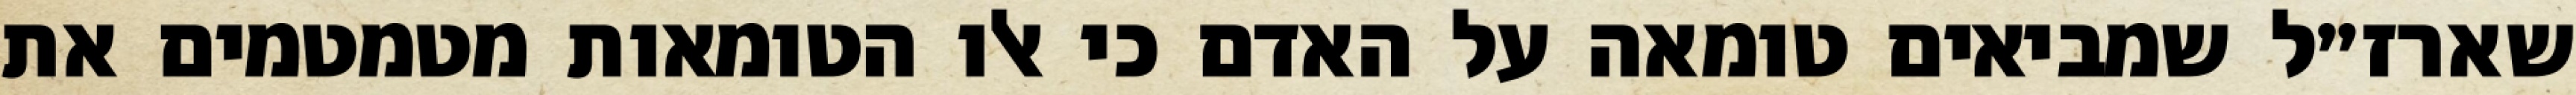
שארז״ל שמביאים טומאה על האדם כי אלו הטומאות מטמטמים את